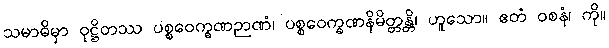
သမာဓိမှာ ဝုဋ္ဌိတဿ ပစ္စဝေက္ခဏဉာဏံ၊ ပစ္စဝေက္ခဏနိမိတ္တန္တိ၊ ဟူသော။ ဧတံ ဝစနံ၊ ကို။